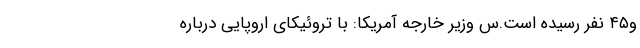
و۴۵ نفر رسیده است.س وزیر خارجه آمریکا: با تروئیکای اروپایی درباره